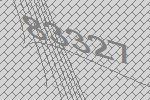
83327